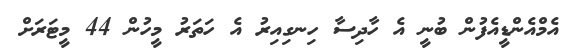
އެމްއެންޑީއެފުން ބުނީ އެ ހާދިސާ ހިނގިއިރު އެ ހަތަރު މީހުން 44 މީޓަރަށް